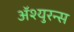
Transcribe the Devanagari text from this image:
अॅश्युरन्स